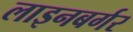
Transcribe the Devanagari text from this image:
लाइनबर्गर